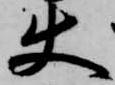
使